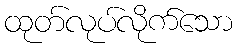
ထုတ်လုပ်လိုက်သော